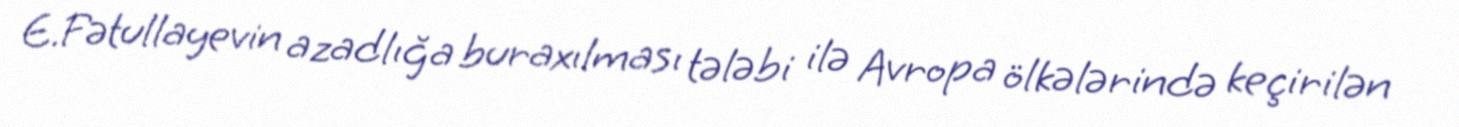
E.Fətullayevin azadlığa buraxılması tələbi ilə Avropa ölkələrində keçirilən